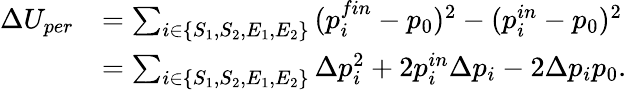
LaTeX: \begin{array}{rl}{\Delta U_{per}}&{=\sum_{i\in\{ S_{1},S_{2},E_{1},E_{2}\} }{(p_{i}^{fin}-p_{0})^{2}-(p_{i}^{in}-p_{0})^{2}}}\\ &{=\sum_{i\in\{ S_{1},S_{2},E_{1},E_{2}\} }{\Delta p_{i}^{2}+2p_{i}^{in}\Delta p_{i}-2\Delta p_{i}p_{0}}.}\end{array}